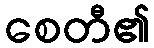
စေတီ၏